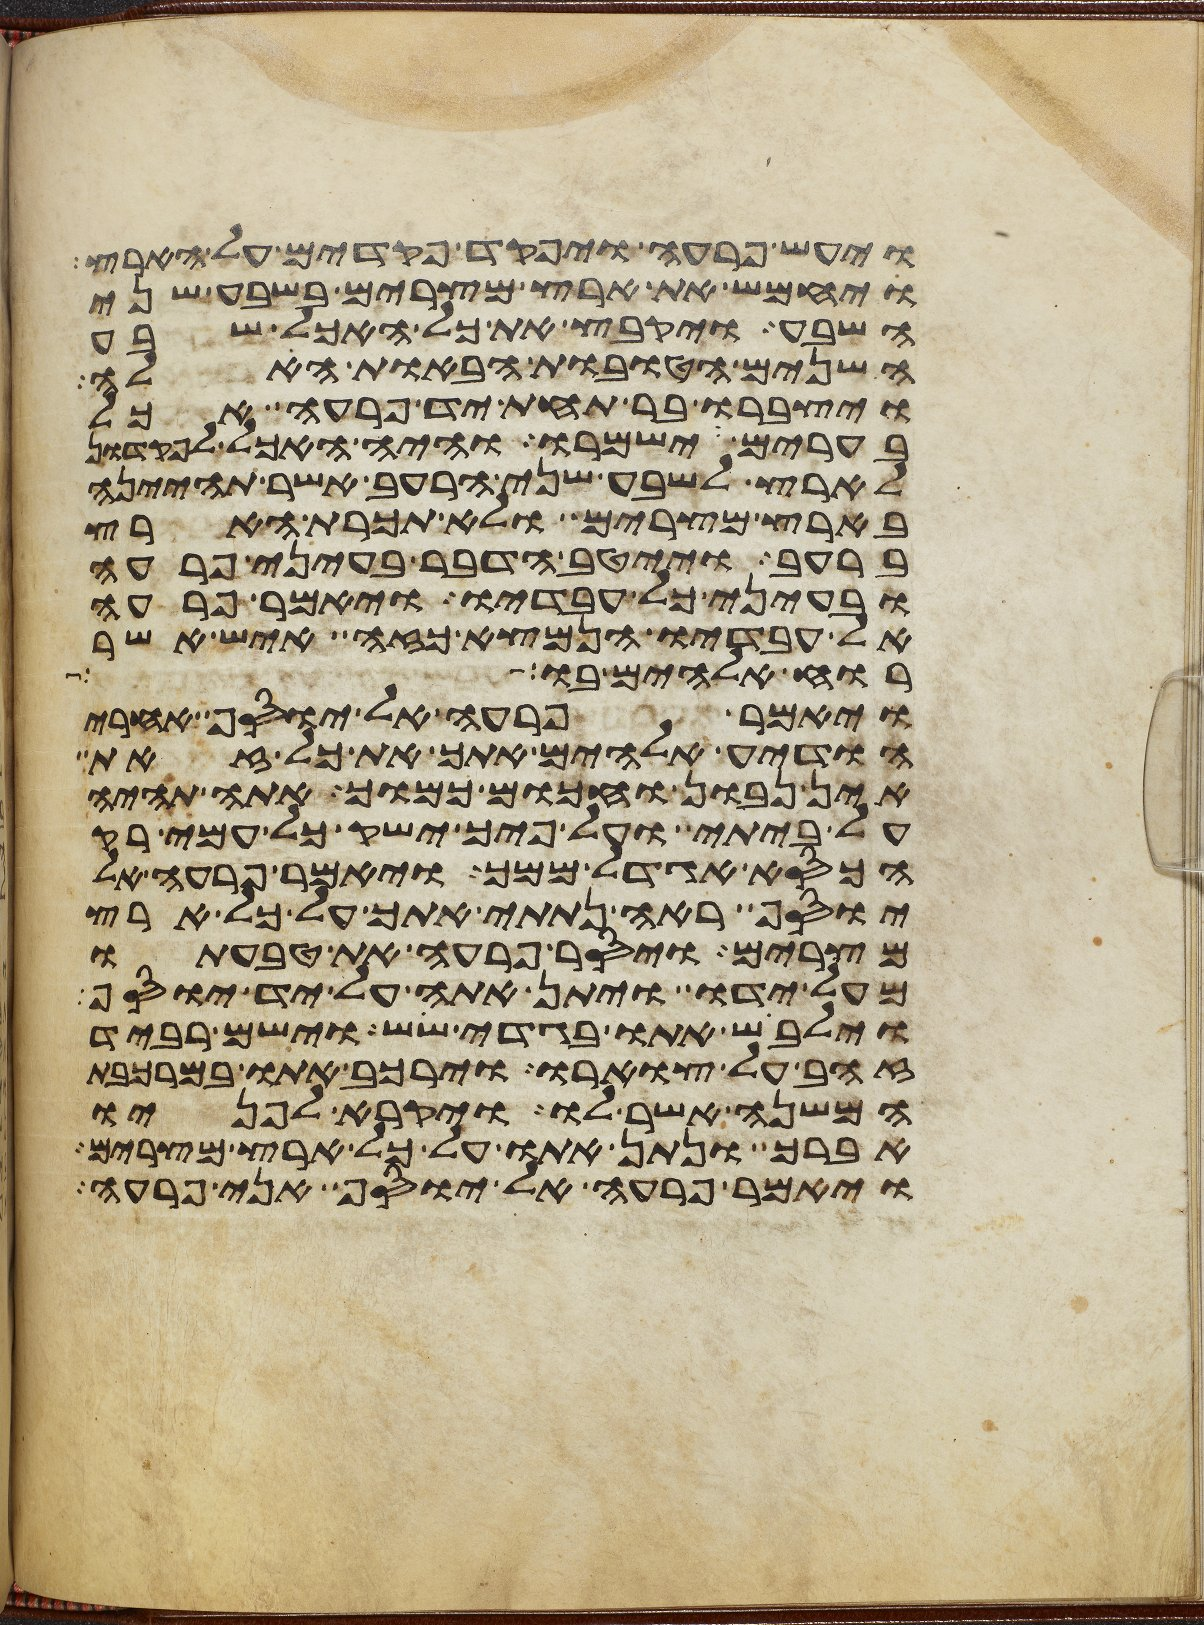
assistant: ויעש פרעה ויפקד פקדים על הארץ
ויחמש את ארץ מצרים בשבע שני
השבע ויקבץ את כל האכל שבע
השנים הטובות הבאות האלה
ויצברו בר תחת יד פרעה אכל
בערים וישמרו והיה האכל לפקדון
לארץ לשבע שני הרעב אשר תהינה
בארץ מצרים ולא תכרת הארץ
ברעב וייטב הדבר בעיני פרעה
ובעיני כל עבדיו ויאמר פרעה
אל עבדיו הנמצא כזה איש אשר
רוח אלהים בו
ויאמר פרעה אל יוסף אחרי
הודיע אלהים אתך את כל זאת
אין נבון וחכום כמוך אתה תהיה
על ביתי ועל פיך ישק כל עמי רק
הכסא אגדל ממך ויאמר פרעה אל
יוסף ראה נתתי אתך על כל ארץ
מצרים ויסר פרעה את טבעתו
מעל ידו ויתן אתה על יד יוסף
וילבש אתו בגדי שש וישם רביד
זהב על צוארו וירכב אתו במרכבת
המשנה אשר לו ויקרא לפניו
אברך ונתן אתו על כל ארץ מצרים
ויאמר פרעה אל יוסף אני פרעה